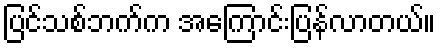
ပြင်သစ်ဘက်က အကြောင်းပြန်လာတယ်။